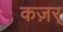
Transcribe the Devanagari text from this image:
कज़र्